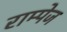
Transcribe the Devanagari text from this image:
राम्पेज